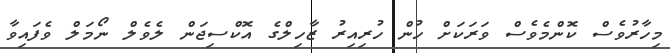
މިހާރުވެސް ކޮންމެވެސް ވަރަކަށް ހުން ހުރިއިރު ޒާހިލްގެ އޮކްސިޖަން ލެވެލް ނޯމަލް ވެފައިވާ